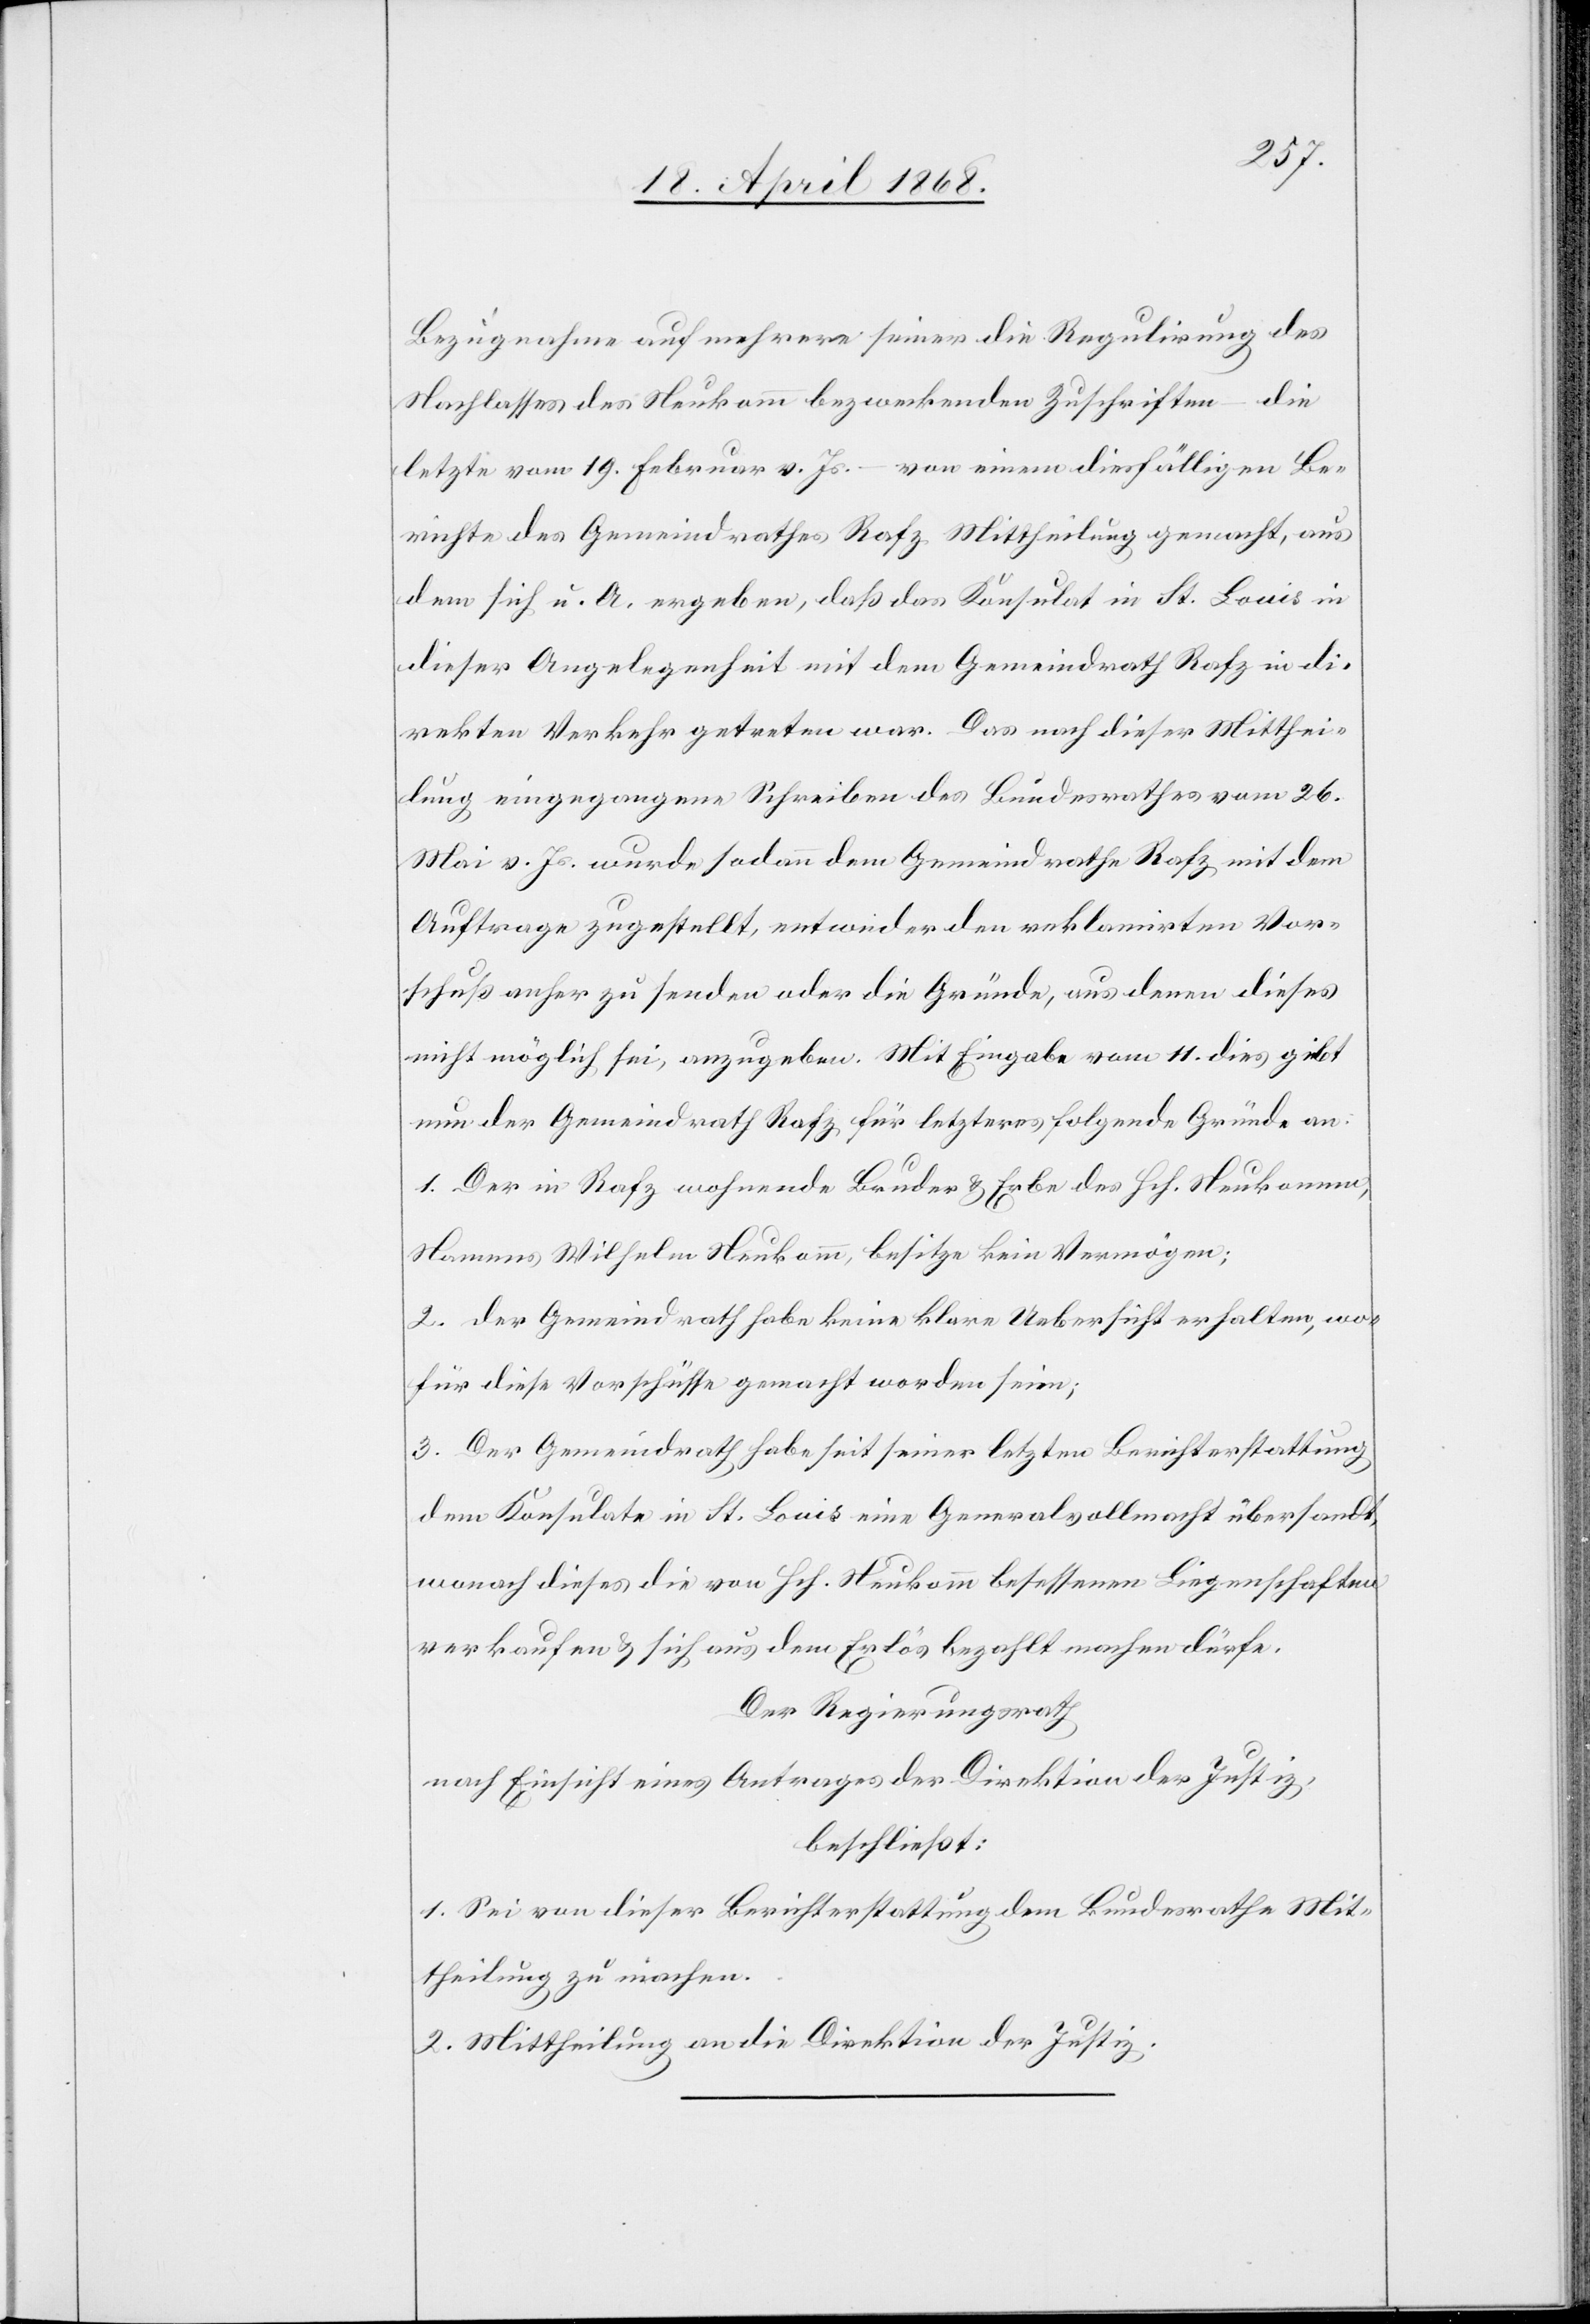
Bezugnahme auf mehrere seiner die Regulirung des
Nachlasses des Neukomm bezweckenden Zuschriften – die
letzte vom 19. Februar v. Js. – von einem diesfälligen Be¬
richte des Gemeindrathes Rafz Mittheilung gemacht, aus
dem sich u. A. ergeben, daß das Konsulat in St. Louis in
dieser Angelegenheit mit dem Gemeindrath Rafz in di¬
rekten Verkehr getreten war. Das nach dieser Mitthei¬
lung eingegangene Schreiben des Bundesrathes vom 26.
Mai v. Js. wurde sodann dem Gemeindrathe Rafz mit dem
Auftrage zugestellt, entweder den reklamirten Vor¬
schuß anher zu senden oder die Gründe, aus denen dieses
nicht möglich sei, anzugeben. Mit Eingabe vom 11. dies gibt
nun der Gemeindrath Rafz für letzteres folgende Gründe an:
1. Der in Rafz wohnende Bruder & Erbe des Hch. Neukomm,
Namens Wilhelm Neukomm, besitze kein Vermögen;
2. der Gemeindrath habe keine klare Uebersicht erhalten, wo¬
für diese Vorschüsse gemacht worden seien;
3. Der Gemeindrath habe seit seiner letzten Berichterstattung
dem Konsulate in St. Louis eine Generalvollmacht übersandt,
wonach dieses die von Hch. Neukomm besessenen Liegenschaften
verkaufen & sich aus dem Erlös bezahlt machen dürfe.
Der Regierungsrath
nach Einsicht eines Antrages der Direktion der Justiz,
beschließt:
1. Sei von dieser Berichterstattung dem Bundesrathe Mit¬
theilung zu machen.
2. Mittheilung an die Direktion der Justiz.